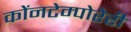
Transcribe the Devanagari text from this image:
कोंनटेम्पोरेरी